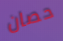
حصان